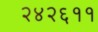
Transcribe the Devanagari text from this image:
२४२६११